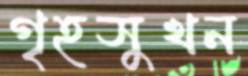
গৃহসুখন